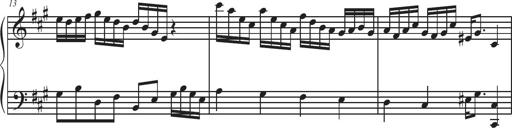
Title: Sonatina Espania
Composer: Jerald Franklin Archer
Key: Various